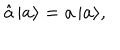
\hat { a } \, | { \bf a } \rangle = a \, | { \bf a } \rangle ,